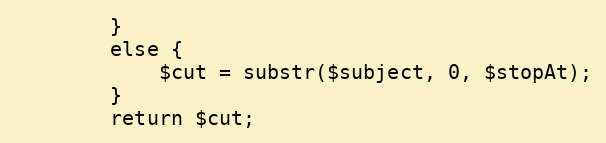
Language: PHP
        }
        else {
            $cut = substr($subject, 0, $stopAt);
        }
        return $cut;